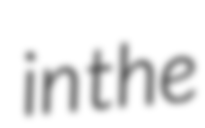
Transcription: in the